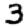
Digit: 3